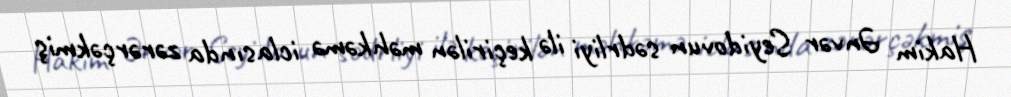
Hakim Ənvər Seyidovun sədrliyi ilə keçirilən məhkəmə iclasında zərərçəkmiş